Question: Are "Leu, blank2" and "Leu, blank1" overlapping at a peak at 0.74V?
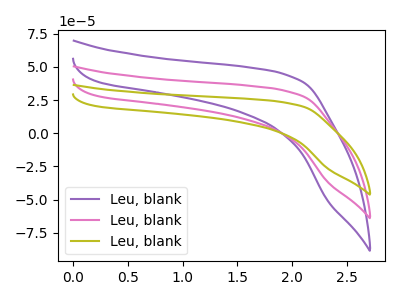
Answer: <think>The purple curve "Leu, blank1" has no peaks. The pink curve "Leu, blank2" has no peaks. The olive curve "Leu, blank3" has no peaks.</think>
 <answer>No, "Leu, blank2" and "Leu, blank1" dont share a peak at 0.74V.</answer>
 <eval>mismatch</eval>